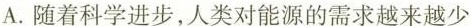
A.随着科学进步，人类对能源的需求越来越少